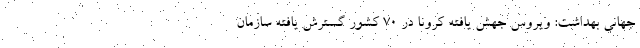
جهانی بهداشت: ویروس جهش یافته کرونا در ۷۰ کشور گسترش یافته سازمان